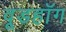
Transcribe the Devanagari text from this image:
वूडहॉग